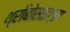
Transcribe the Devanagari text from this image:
थ्राँबोसाइट्स